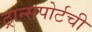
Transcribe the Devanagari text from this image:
ट्रान्सपोर्टची